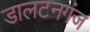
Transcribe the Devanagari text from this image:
डालटनगंज